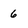
Character: 6